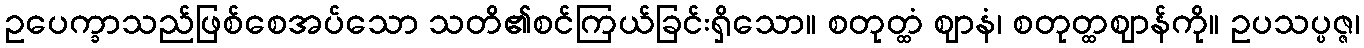
ဥပေက္ခာသည်ဖြစ်စေအပ်သော သတိ၏စင်ကြယ်ခြင်းရှိသော။ စတုတ္ထံ ဈာနံ၊ စတုတ္ထဈာန်ကို။ ဥပသပ္ပဇ္ဇ၊